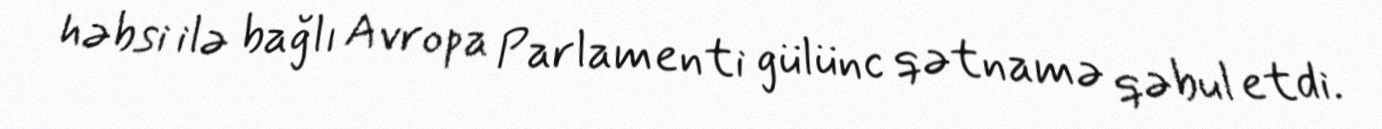
həbsi ilə bağlı Avropa Parlamenti gülünc qətnamə qəbul etdi.